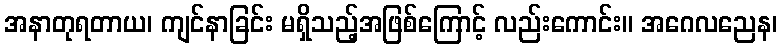
အနာတုရတာယ၊ ကျင်နာခြင်း မရှိသည့်အဖြစ်ကြောင့် လည်းကောင်း။ အဂေလညေန၊